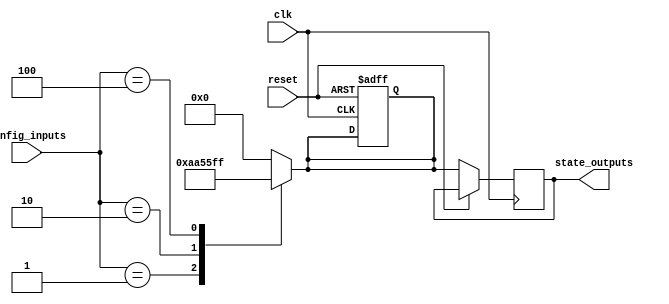
module ConfigurableInitialConditions #(
    parameter WIDTH = 8,          // Width of the internal state
    parameter NUM_CONFIGS = 4     // Number of configuration options
)(
    input wire [NUM_CONFIGS-1:0] config_inputs, // Configuration inputs
    input wire clk,                             // Clock input
    input wire reset,                           // Reset input
    output reg [WIDTH-1:0] state_outputs       // State outputs
);

    // Internal state register
    reg [WIDTH-1:0] internal_state;

    // Initialization logic based on configuration inputs
    always @(*) begin
        case (config_inputs)
            4'b0001: internal_state = 8'hAA; // Example configuration 1
            4'b0010: internal_state = 8'h55; // Example configuration 2
            4'b0100: internal_state = 8'hFF; // Example configuration 3
            4'b1000: internal_state = 8'h00; // Example configuration 4
            default: internal_state = 8'h00;  // Default state
        endcase
    end

    // Edge detection and conditional initialization
    always @(posedge clk or posedge reset) begin
        if (reset) begin
            internal_state <= 8'h00; // Reset state
        end else begin
            // Load the internal state based on configuration inputs
            state_outputs <= internal_state; // Update outputs
        end
    end

endmodule